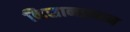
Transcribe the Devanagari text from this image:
किसानप्रधान